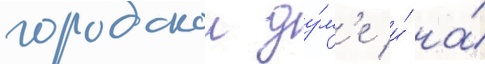
городскои ду́м'е и́ на́